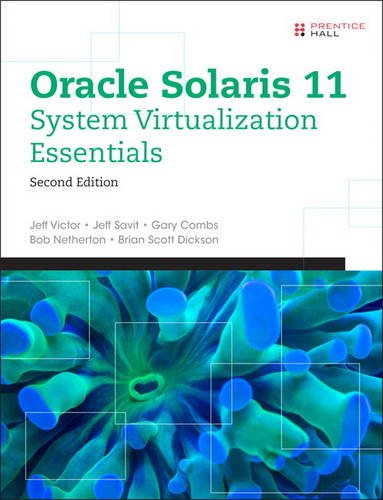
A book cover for Oracle Solaris 11 System Virtualization Essentials (2nd Edition); Jeff Victor; Computers & Technology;